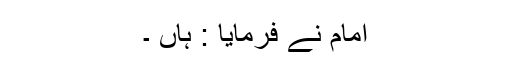
امام نے فرمایا : ہاں ۔